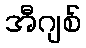
အီဂျစ်